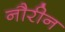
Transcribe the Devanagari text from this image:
नौरीन